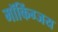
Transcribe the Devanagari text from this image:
मॉकिंग्जय